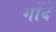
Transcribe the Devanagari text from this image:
गोंदे